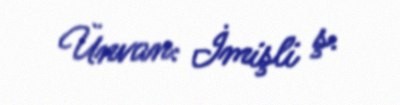
Ünvan: İmişli ş.